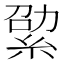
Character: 𦀧